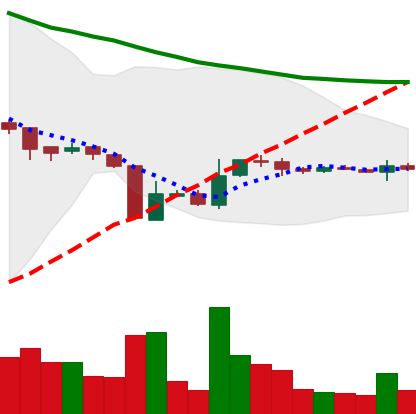
Ticker: XRP-USD
Chart end date: 2018-10-24
Forward return: -3.439%
Label: down_3_5